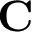
\mathbf { C }